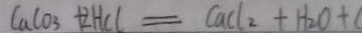
C a C O _ { 3 } + 2 H C l = C a C l _ { 2 } + H _ { 2 } O +